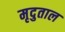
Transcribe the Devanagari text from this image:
मृदुताल